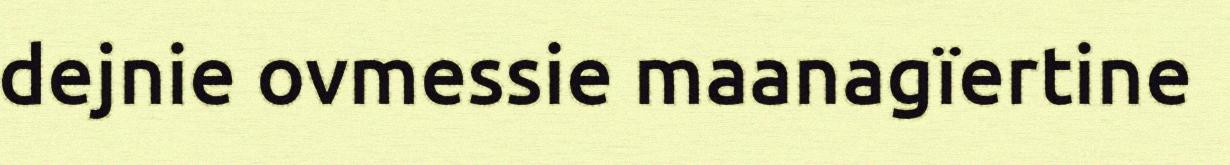
dejnie ovmessie maanagïertine